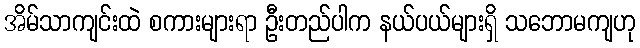
အိမ်သာကျင်းထဲ စကားများရာ ဦးတည်ပါက နယ်ပယ်များရှိ သဘောမကျဟု